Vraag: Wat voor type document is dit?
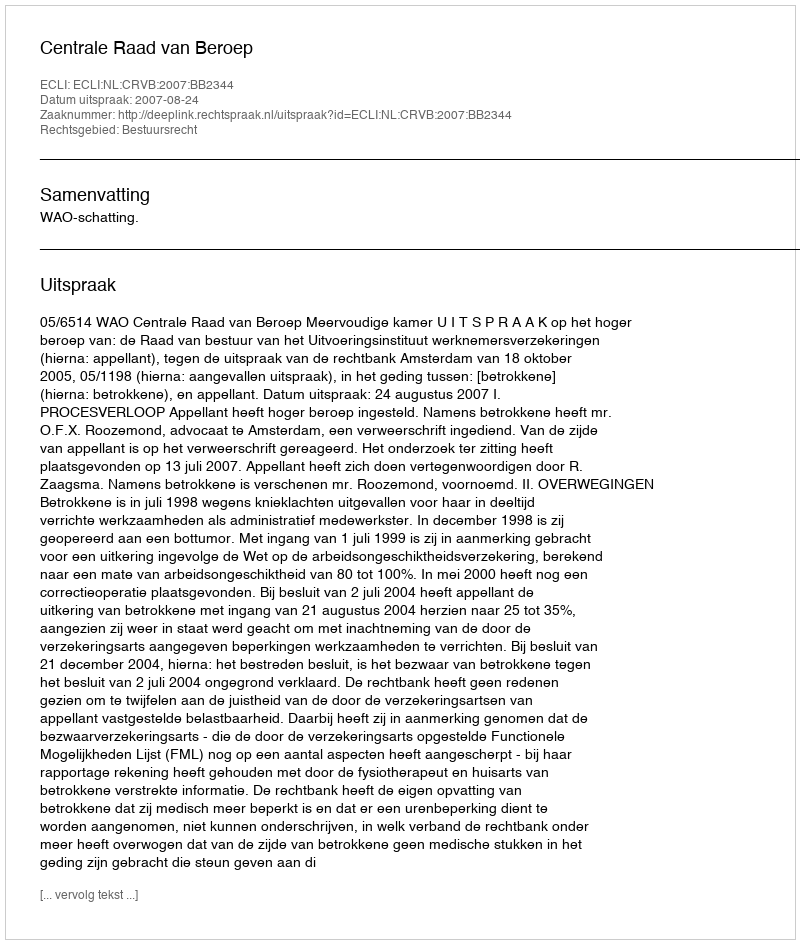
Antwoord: Uitspraak